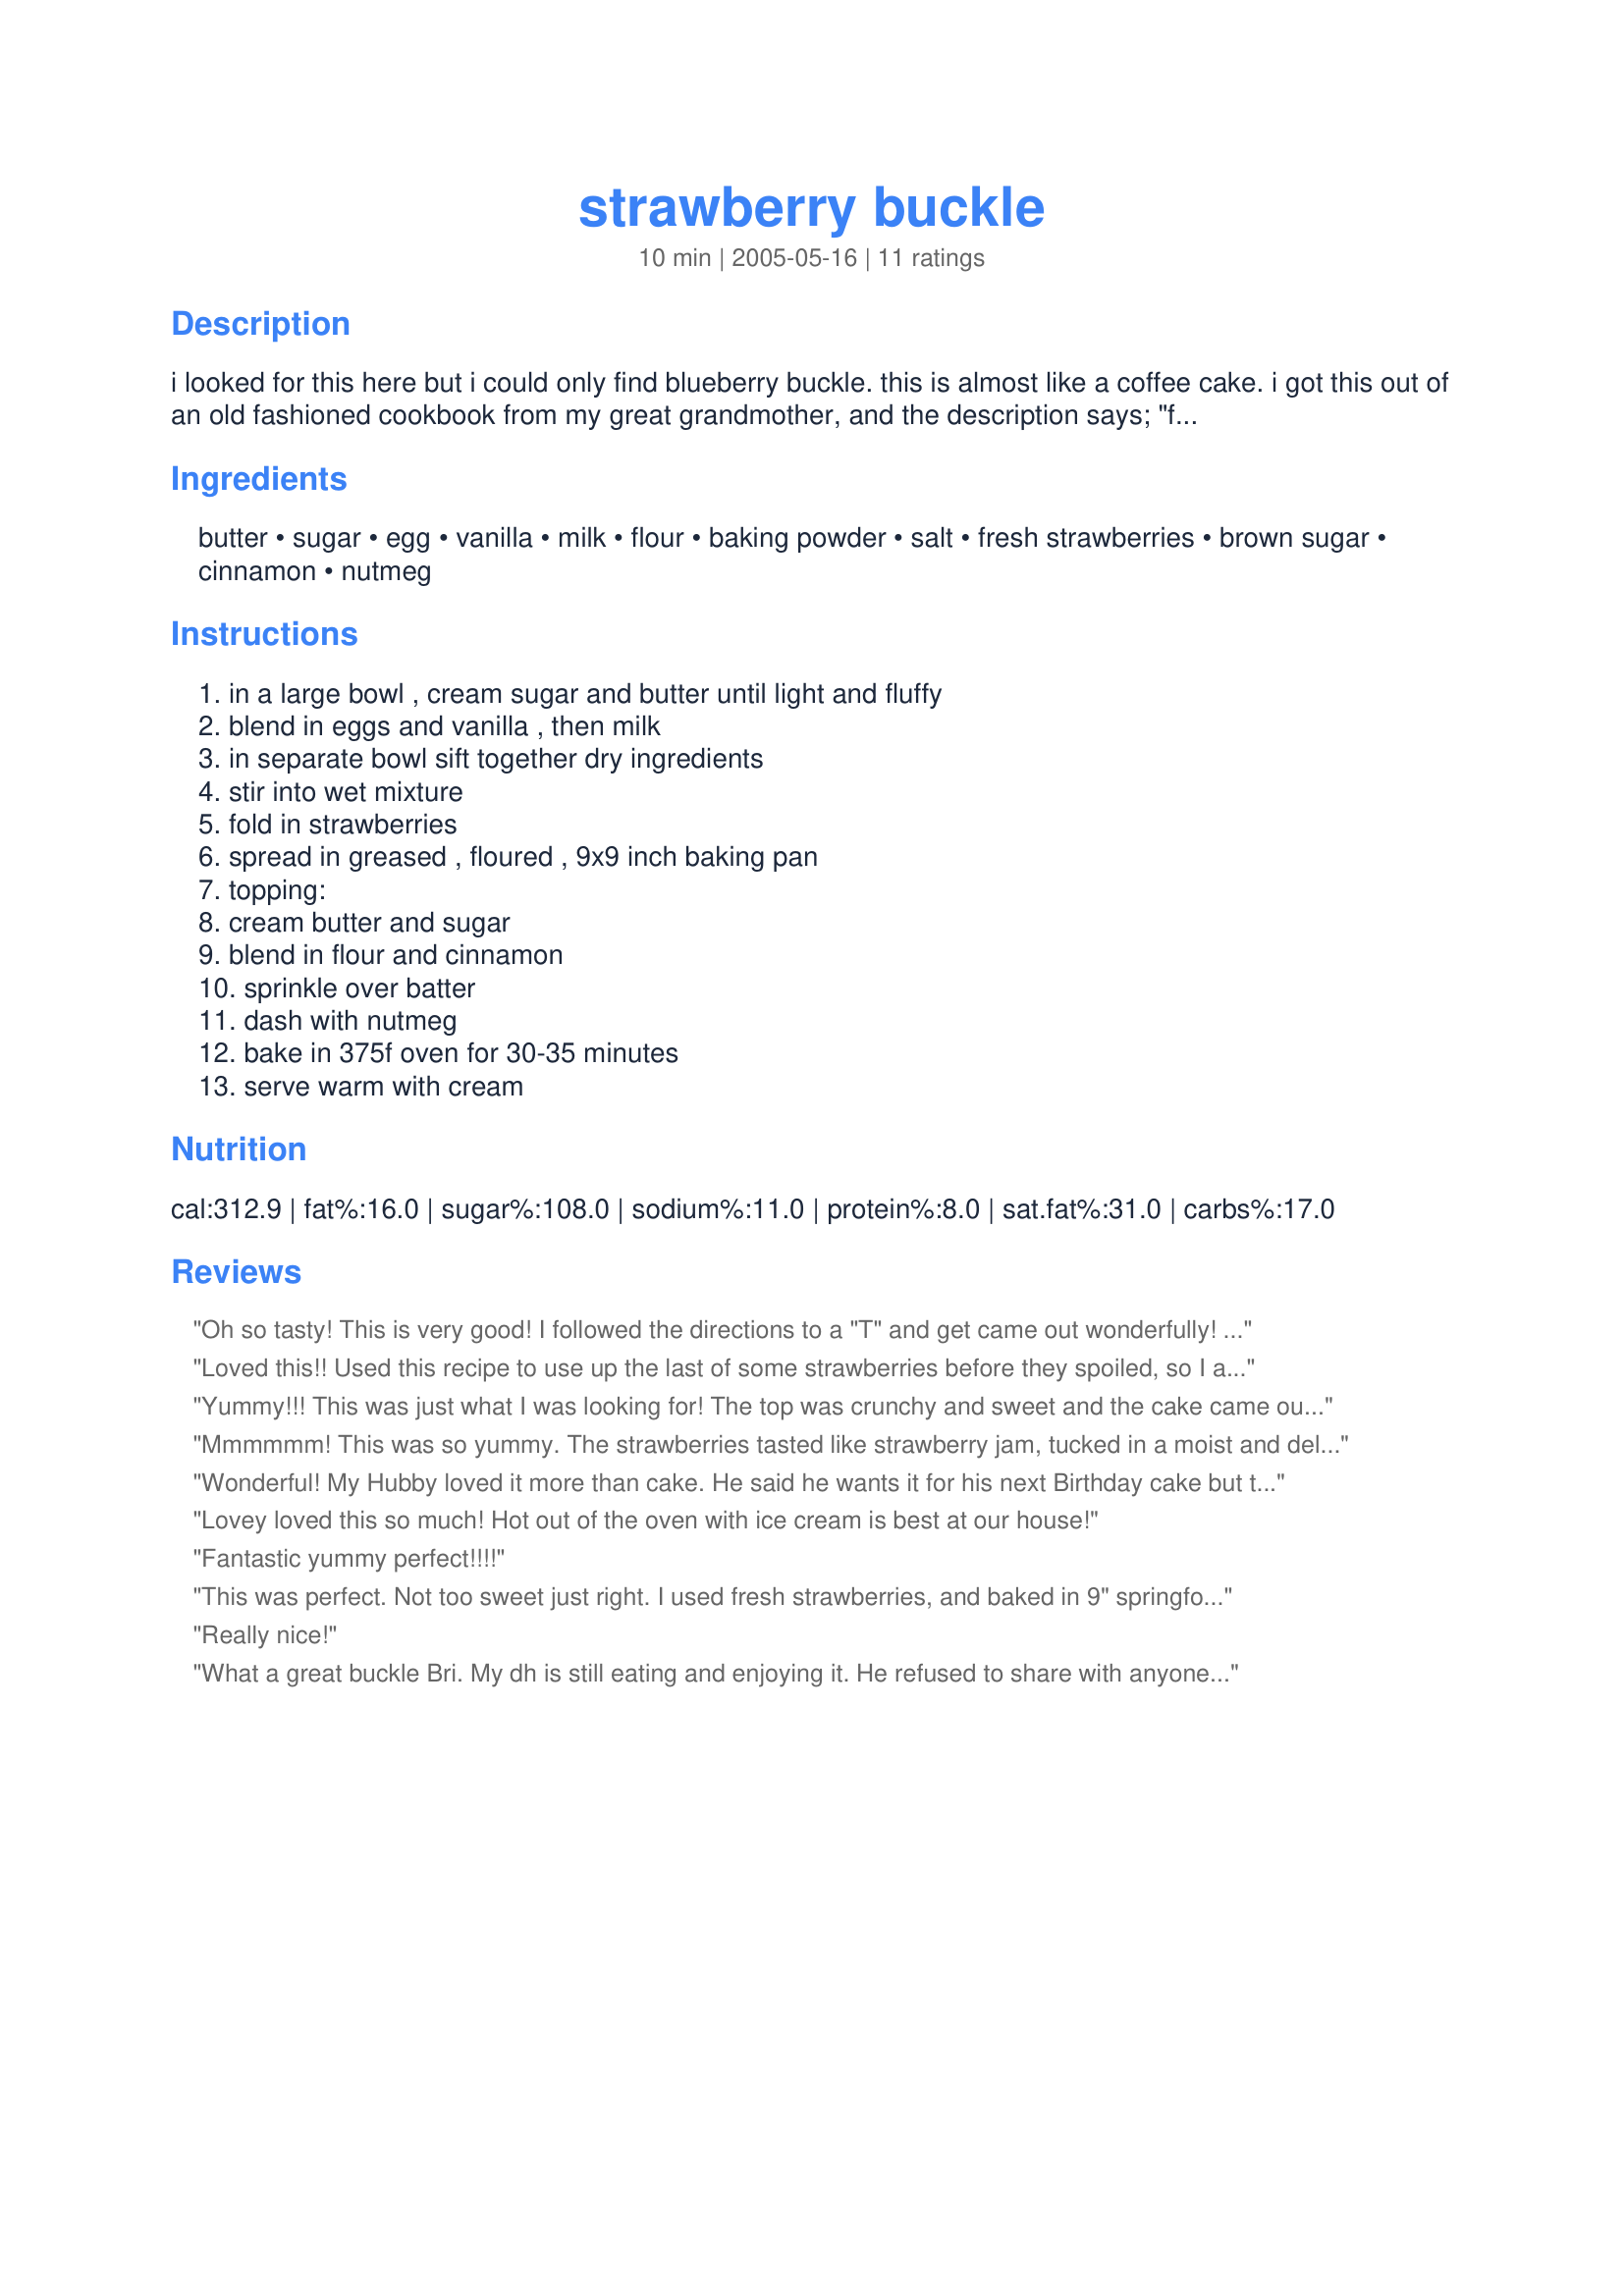
strawberry buckle
Preparation time: 10 minutes

i looked for this here but i could only find blueberry buckle. this is almost like a coffee cake. i got this out of an old fashioned cookbook from my great grandmother, and the description says; "flummery, fool, grunt, slump, and buckle were variations of old english puddings made with fruit. they were also common in early america" i will post 3 of the five variations.

Ingredients:
butter, sugar, egg, vanilla, milk, flour, baking powder, salt, fresh strawberries, brown sugar, cinnamon, nutmeg

Steps:
in a large bowl , cream sugar and butter until light and fluffy, blend in eggs and vanilla , then milk, in separate bowl sift together dry ingredients, stir into wet mixture, fold in strawberries, spread in greased , floured , 9x9 inch baking pan, topping:, cream butter and sugar, blend in flour and cinnamon, sprinkle over batter, dash with nutmeg, bake in 375f oven for 30-35 minutes, serve warm with cream

Reviews:
Oh so tasty! This is very good! I followed the directions to a "T" and get came out wonderfully! It takes a little effort, but is worth it!
Loved this!! Used this recipe to use up the last of some strawberries before they spoiled, so I am not sure I had quite 2 full cups, but it didn't matter. I also didn't sift my dry ingredients, so this was quite thick and dense. But I loved it anyway. The boys ate it warm from the pan, and I had my piece the next morning with hot chocolate. It was absolutely delicious. Not too sweet. The topping tasted great even before it was on the batter. I did mix the nutmeg into the batter, forgetting the instructions to dash it on top, but that did not harm it one bit. I will actually use this topping for other mixes it was so good. Thanks for such a versatile cake!
Yummy!!! This was just what I was looking for! The top was crunchy and sweet and the cake came out perfect! I made it in a 9in round cake pan and it was perfect!
Mmmmmm! This was so yummy. The strawberries tasted like strawberry jam, tucked in a moist and delicious cake. A great way to use up strawberries that are just past their prime. I cooked it about 35 minutes in a 8" square pan.
Wonderful! My Hubby loved it more than cake. He said he wants it for his next Birthday cake but that will be a problem in December LOL. I really like the strawberry flavor in every bite.
Lovey loved this so much! Hot out of the oven with ice cream is best at our house!
Fantastic yummy perfect!!!!
This was perfect. Not too sweet just right. I used fresh strawberries, and baked in 9" springform pan and it was done perfectly. Ty for the recipe.
Really nice!
What a great buckle Bri. My dh is still eating and enjoying it. He refused to share with anyone, its too good to share, he told me. This cake is so tender, with a lovely crumb on top. The strawberries really bring this buckle to life. They taste like strawberry jam. Great served plain but out of this world when warmed and served with vanilla bean ice cream. Thank you for sharing a recipe that I see in our future, often. Made for Name That Ingredient Tag Game.
This is the only buckle recipe I&#039;ll ever use again. So good warm with a scoop of vanilla ice cream.
